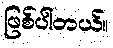
ဖြစ်ပါတယ်။